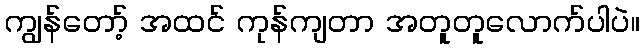
ကျွန်တော့် အထင် ကုန်ကျတာ အတူတူလောက်ပါပဲ။